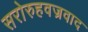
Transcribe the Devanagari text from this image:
सरोरुहवज्रवाद